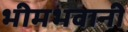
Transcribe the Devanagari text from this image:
भीमभवानी